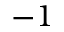
- 1